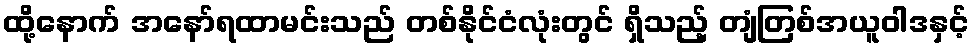
ထို့နောက် အနော်ရထာမင်းသည် တစ်နိုင်ငံလုံးတွင် ရှိသည့် တျံတြစ်အယူဝါဒနှင့်